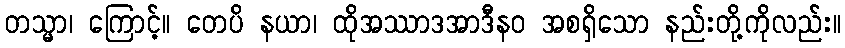
တသ္မာ၊ ကြောင့်။ တေပိ နယာ၊ ထိုအဿာဒအာဒီနဝ အစရှိသော နည်းတို့ကိုလည်း။